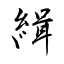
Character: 緝